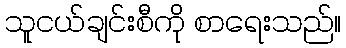
သူငယ်ချင်းစီကို စာရေးသည်။